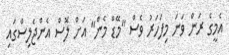
އެމީގެ ރަން ވަނަ މިފަހަރު ވެސް "މޭޑް މެން" އަށް ލޮސް އެންޖެލިސްގައި